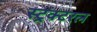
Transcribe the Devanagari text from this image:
स्ट्रक्टरल